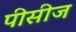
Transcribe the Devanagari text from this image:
पीसीज